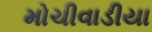
મોચીવાડીયા